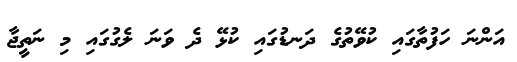
އަންނަ ހަފުތާގައި ކުވޭތުގެ ދަނޑުގައި ކުޅޭ ދެ ވަނަ ލެގުގައި މި ނަތީޖާ